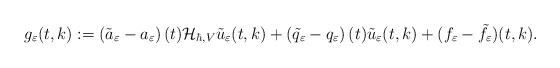
LaTeX: \begin{align*}g_{\varepsilon}(t,k):=\left(\tilde{a}_{\varepsilon}-a_{\varepsilon}\right)(t) \mathcal{H}_{\hbar,V} \tilde{u}_{\varepsilon}(t, k)+\left(\tilde{q}_{\varepsilon}- q_{\varepsilon}\right)(t) \tilde{u}_{\varepsilon}(t, k)+(f_{\varepsilon}-\tilde{f}_{\varepsilon})(t,k).\end{align*}